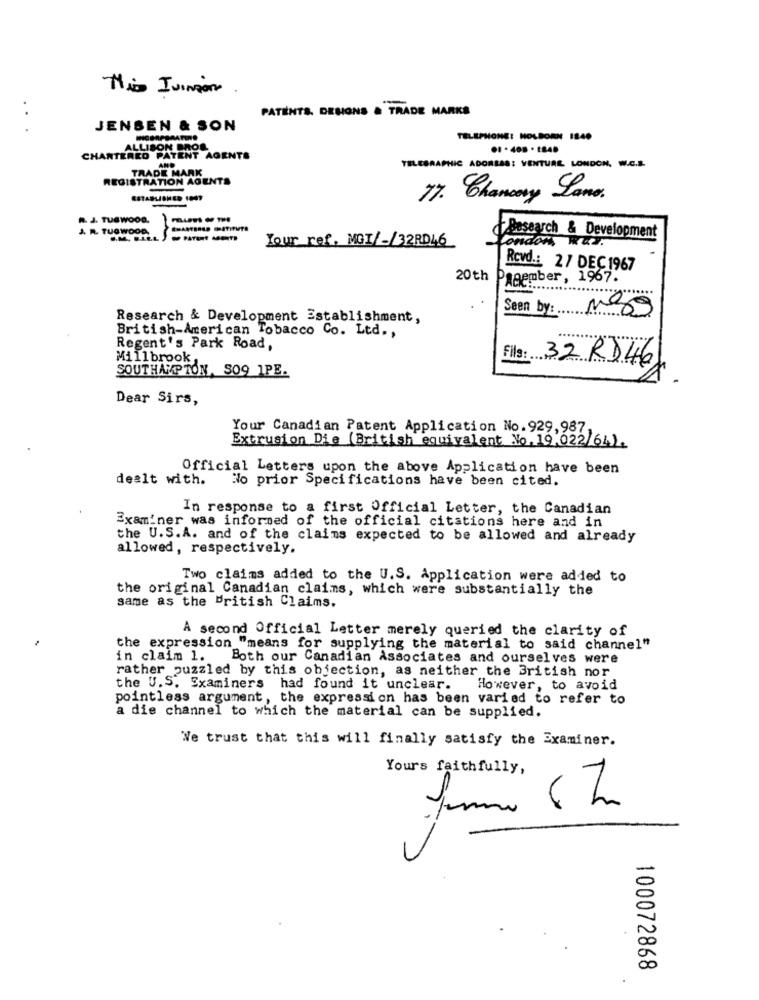
Mio Ivingone .
PATENTS. DESIGNS & TRADE MARKS
...
JENSEN & SON
TELEPHONE: HOLBORN 1840
ALLISON BROS
CHARTERED PATENT AGENTS
TELEGRAPHIC ADORESS: VENTURE, LONDON, W.C.S.
REGISTRATION AGENTS
TRADE MARK
77. Chancery Lane.
n. J. TUGWOOD.
J. R. TUGWOOD,
S.M. F.LE
Research & Development
London, RuV.
Your ref. MOI/-/32RD46
Rcvd .: 27 DEC1967
20th
Pagember, 1967.
Seen by: mg
Research & Development Establishment,
British-American Tobacco Co. Ltd .,
Regent's Park Road,
Millbrook,
SOUTHAMPTON, SO9 1PE.
Fils: 32 RD46
Dear Sirs,
Your Canadian Patent Application No. 929,987.
Extrusion Die (British equivalent No. 19.022/64).
Official Letters upon the above Application have been
dealt with.
No prior Specifications have been cited.
In response to a first Official Letter, the Canadian
Examiner was informed of the official citations here and in
the U.S.A. and of the claims expected to be allowed and already
allowed, respectively.
Two claims added to the U.S. Application were added to
the original Canadian claims, which were substantially the
same as the British Claims.
A second Official Letter merely queried the clarity of
the expression "means for supplying the material to said channel"
in claim 1. Both our Canadian Associates and ourselves were
rather puzzled by this objection, as neither the British nor
the U.S. Examiners had found it unclear. However, to avoid
pointless argument, the expression has been varied to refer to
a die channel to which the material can be supplied.
We trust that this will finally satisfy the Examiner.
Yours faithfully,
N
100072868